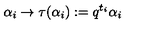
\alpha _ { i } \rightarrow \tau ( \alpha _ { i } ) : = q ^ { t _ { i } } \alpha _ { i }